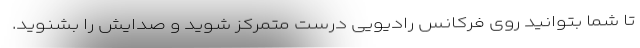
تا شما بتوانید روی فرکانس رادیویی درست متمرکز شوید و صدایش را بشنوید.